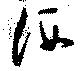
洒